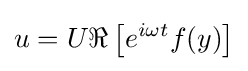
u=U\Re \left[e^{i\omega t}f(y)\right]